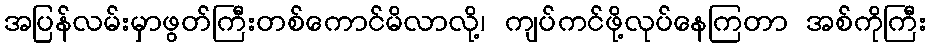
အပြန်လမ်းမှာဖွတ်ကြီးတစ်ကောင်မိလာလို့၊ ကျပ်ကင်ဖို့လုပ်နေကြတာ အစ်ကိုကြီး